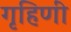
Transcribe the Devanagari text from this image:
गृहिणीं